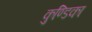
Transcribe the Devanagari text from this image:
कुण्डिका